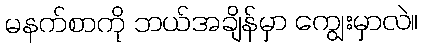
မနက်စာကို ဘယ်အချိန်မှာ ကျွေးမှာလဲ။